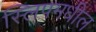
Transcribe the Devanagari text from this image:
स्लिपमधील